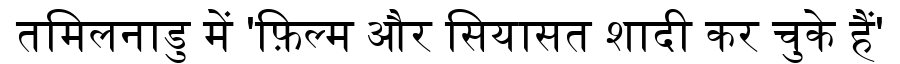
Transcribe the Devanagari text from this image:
तमिलनाडु में 'फ़िल्म और सियासत शादी कर चुके हैं'